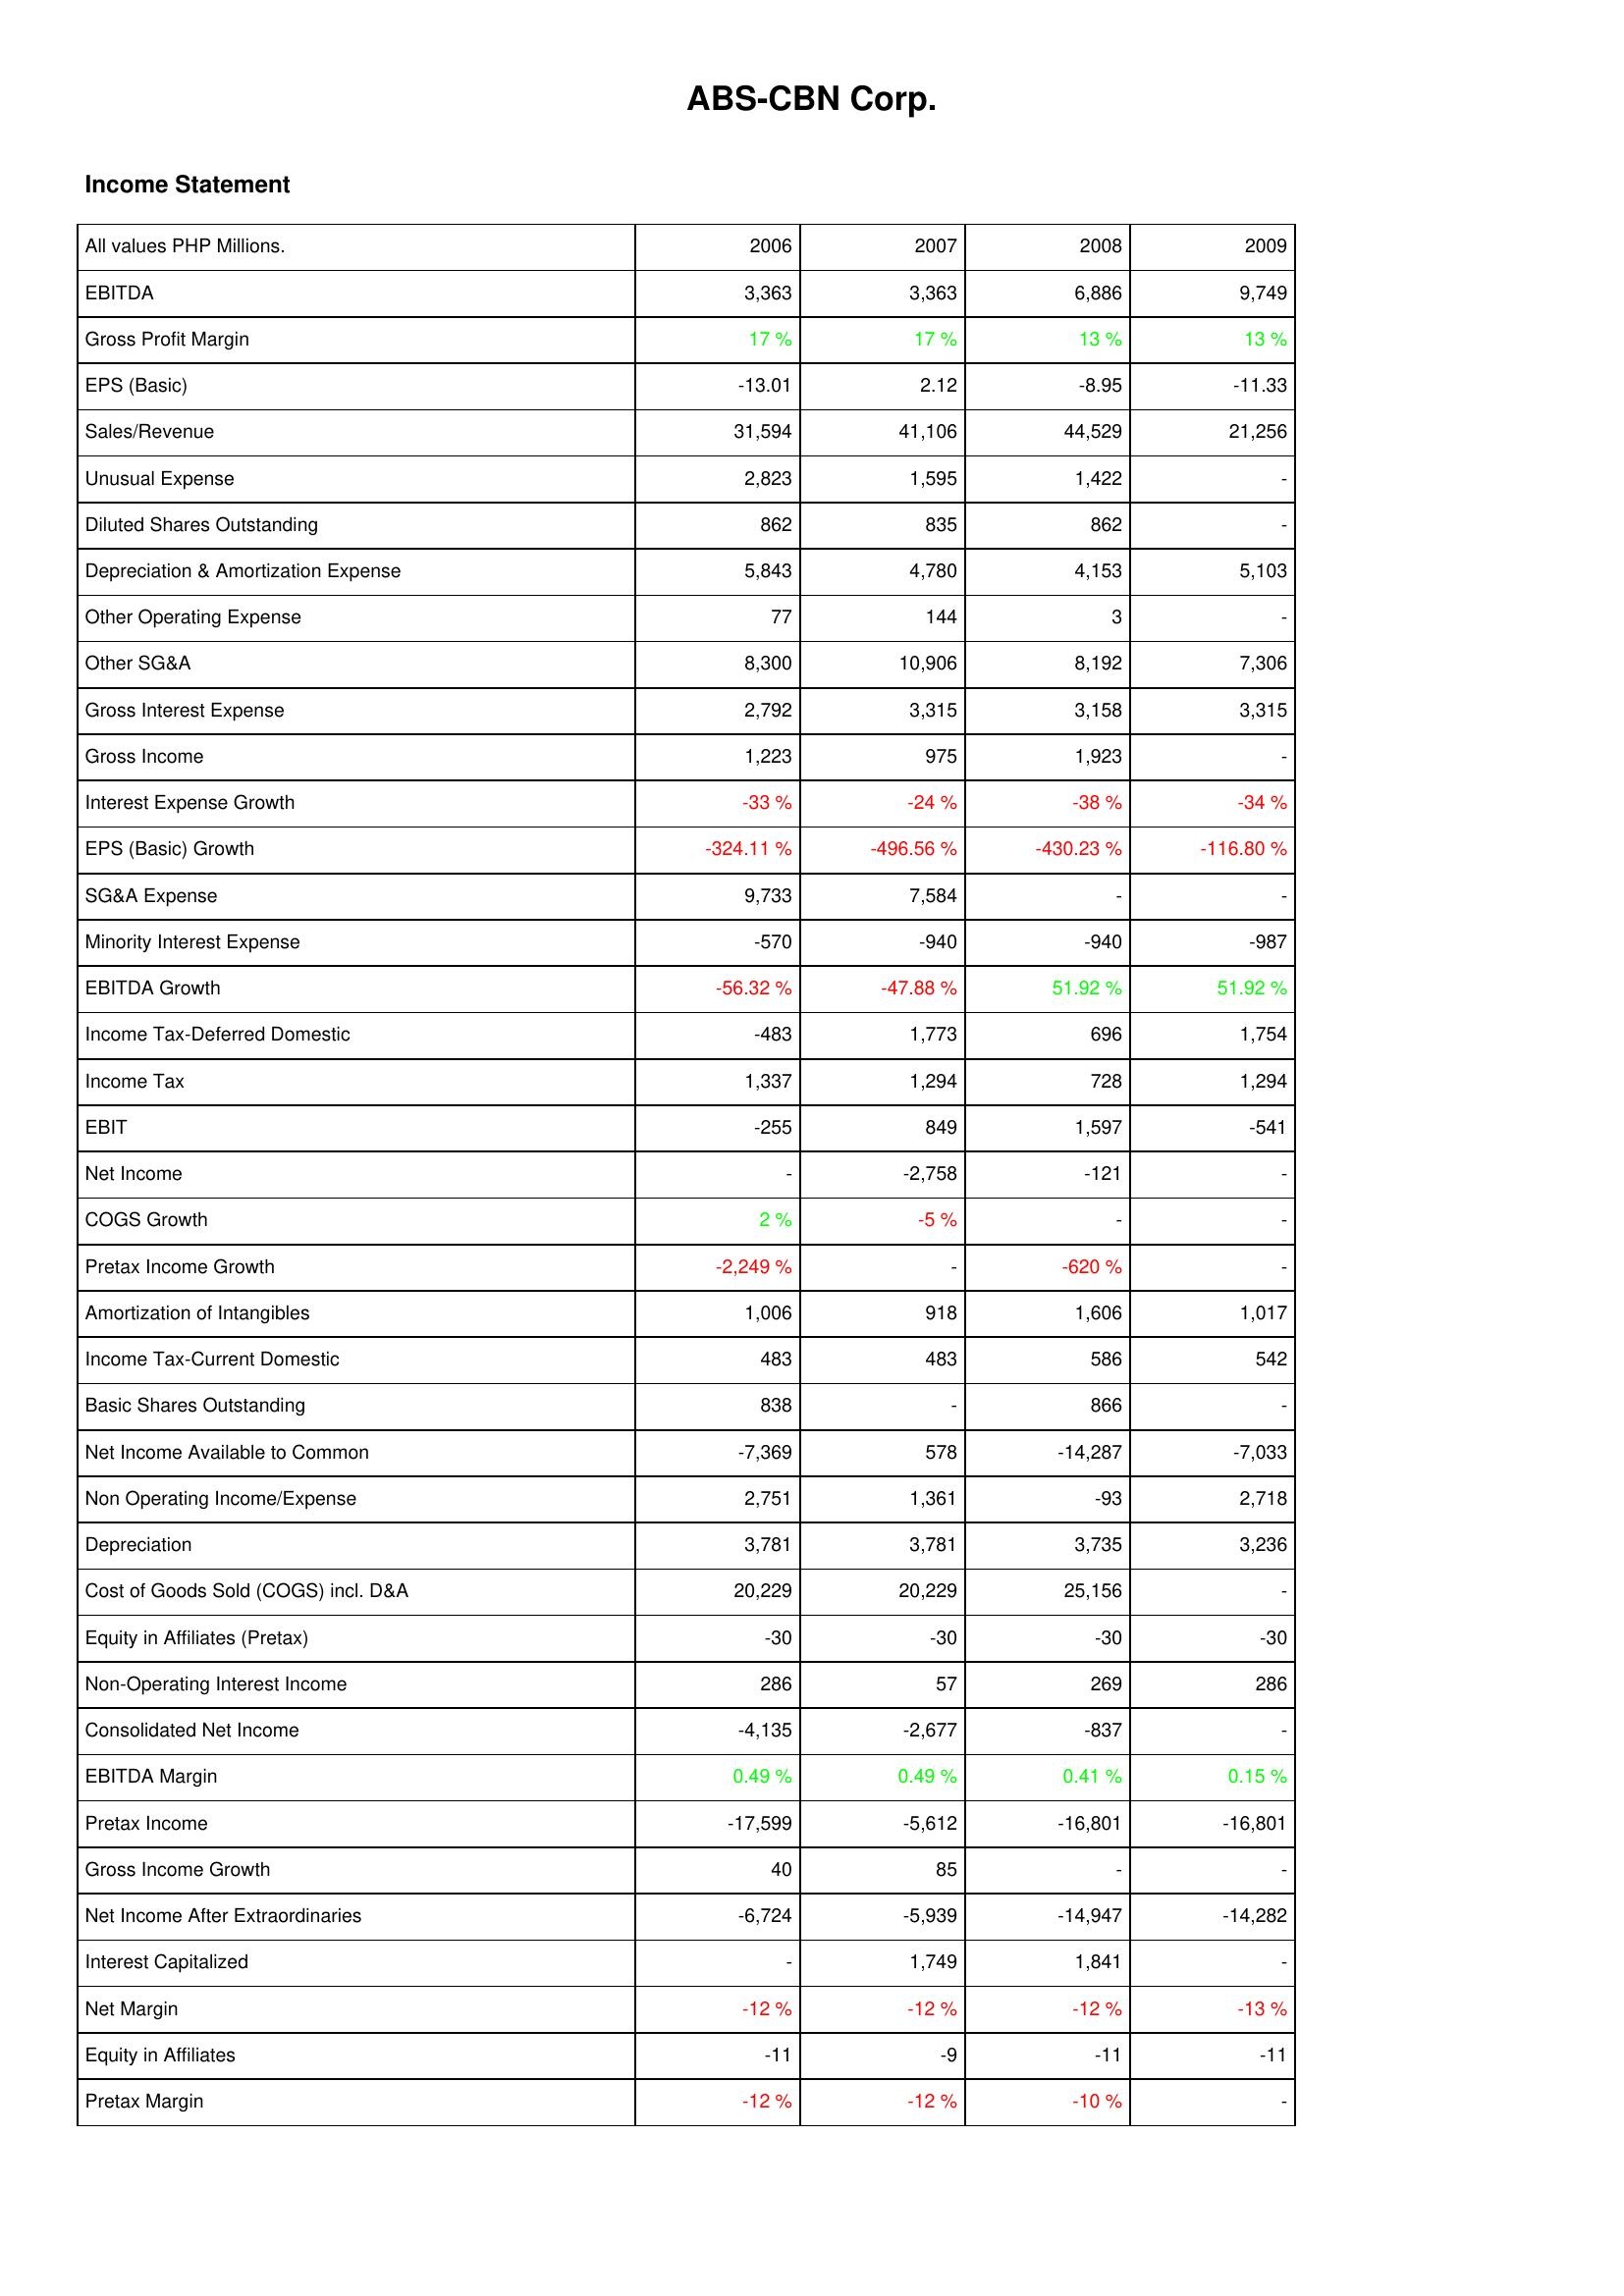
2006: Income Statement: EBITDA: 3,363
Gross Profit Margin: 17 %
EPS (Basic): -13.01
Sales/Revenue: 31,594
Unusual Expense: 2,823
Diluted Shares Outstanding: 862
Depreciation & Amortization Expense: 5,843
Other Operating Expense: 77
Other SG&A: 8,300
Gross Interest Expense: 2,792
Gross Income: 1,223
Interest Expense Growth: -33 %
EPS (Basic) Growth: -324.11 %
SG&A Expense: 9,733
Minority Interest Expense: -570
EBITDA Growth: -56.32 %
Income Tax-Deferred Domestic: -483
Income Tax: 1,337
EBIT: -255
Net Income: -
COGS Growth: 2 %
Pretax Income Growth: -2,249 %
Amortization of Intangibles: 1,006
Income Tax-Current Domestic: 483
Basic Shares Outstanding: 838
Net Income Available to Common: -7,369
Non Operating Income/Expense: 2,751
Depreciation: 3,781
Cost of Goods Sold (COGS) incl. D&A: 20,229
Equity in Affiliates (Pretax): -30
Non-Operating Interest Income: 286
Consolidated Net Income: -4,135
EBITDA Margin: 0.49 %
Pretax Income: -17,599
Gross Income Growth: 40
Net Income After Extraordinaries: -6,724
Interest Capitalized: -
Net Margin: -12 %
Equity in Affiliates: -11
Pretax Margin: -12 %
2007: Income Statement: EBITDA: 3,363
Gross Profit Margin: 17 %
EPS (Basic): 2.12
Sales/Revenue: 41,106
Unusual Expense: 1,595
Diluted Shares Outstanding: 835
Depreciation & Amortization Expense: 4,780
Other Operating Expense: 144
Other SG&A: 10,906
Gross Interest Expense: 3,315
Gross Income: 975
Interest Expense Growth: -24 %
EPS (Basic) Growth: -496.56 %
SG&A Expense: 7,584
Minority Interest Expense: -940
EBITDA Growth: -47.88 %
Income Tax-Deferred Domestic: 1,773
Income Tax: 1,294
EBIT: 849
Net Income: -2,758
COGS Growth: -5 %
Pretax Income Growth: -
Amortization of Intangibles: 918
Income Tax-Current Domestic: 483
Basic Shares Outstanding: -
Net Income Available to Common: 578
Non Operating Income/Expense: 1,361
Depreciation: 3,781
Cost of Goods Sold (COGS) incl. D&A: 20,229
Equity in Affiliates (Pretax): -30
Non-Operating Interest Income: 57
Consolidated Net Income: -2,677
EBITDA Margin: 0.49 %
Pretax Income: -5,612
Gross Income Growth: 85
Net Income After Extraordinaries: -5,939
Interest Capitalized: 1,749
Net Margin: -12 %
Equity in Affiliates: -9
Pretax Margin: -12 %
2008: Income Statement: EBITDA: 6,886
Gross Profit Margin: 13 %
EPS (Basic): -8.95
Sales/Revenue: 44,529
Unusual Expense: 1,422
Diluted Shares Outstanding: 862
Depreciation & Amortization Expense: 4,153
Other Operating Expense: 3
Other SG&A: 8,192
Gross Interest Expense: 3,158
Gross Income: 1,923
Interest Expense Growth: -38 %
EPS (Basic) Growth: -430.23 %
SG&A Expense: -
Minority Interest Expense: -940
EBITDA Growth: 51.92 %
Income Tax-Deferred Domestic: 696
Income Tax: 728
EBIT: 1,597
Net Income: -121
COGS Growth: -
Pretax Income Growth: -620 %
Amortization of Intangibles: 1,606
Income Tax-Current Domestic: 586
Basic Shares Outstanding: 866
Net Income Available to Common: -14,287
Non Operating Income/Expense: -93
Depreciation: 3,735
Cost of Goods Sold (COGS) incl. D&A: 25,156
Equity in Affiliates (Pretax): -30
Non-Operating Interest Income: 269
Consolidated Net Income: -837
EBITDA Margin: 0.41 %
Pretax Income: -16,801
Gross Income Growth: -
Net Income After Extraordinaries: -14,947
Interest Capitalized: 1,841
Net Margin: -12 %
Equity in Affiliates: -11
Pretax Margin: -10 %
2009: Income Statement: EBITDA: 9,749
Gross Profit Margin: 13 %
EPS (Basic): -11.33
Sales/Revenue: 21,256
Unusual Expense: -
Diluted Shares Outstanding: -
Depreciation & Amortization Expense: 5,103
Other Operating Expense: -
Other SG&A: 7,306
Gross Interest Expense: 3,315
Gross Income: -
Interest Expense Growth: -34 %
EPS (Basic) Growth: -116.80 %
SG&A Expense: -
Minority Interest Expense: -987
EBITDA Growth: 51.92 %
Income Tax-Deferred Domestic: 1,754
Income Tax: 1,294
EBIT: -541
Net Income: -
COGS Growth: -
Pretax Income Growth: -
Amortization of Intangibles: 1,017
Income Tax-Current Domestic: 542
Basic Shares Outstanding: -
Net Income Available to Common: -7,033
Non Operating Income/Expense: 2,718
Depreciation: 3,236
Cost of Goods Sold (COGS) incl. D&A: -
Equity in Affiliates (Pretax): -30
Non-Operating Interest Income: 286
Consolidated Net Income: -
EBITDA Margin: 0.15 %
Pretax Income: -16,801
Gross Income Growth: -
Net Income After Extraordinaries: -14,282
Interest Capitalized: -
Net Margin: -13 %
Equity in Affiliates: -11
Pretax Margin: -